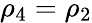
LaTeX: \rho_{4}=\rho_{2}